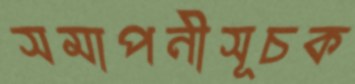
সমাপনীসূচক